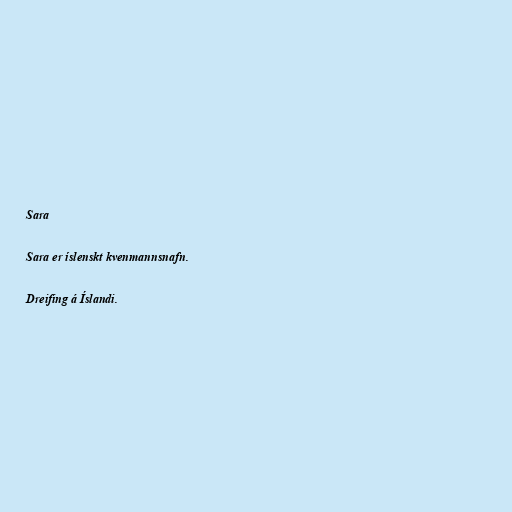
Sara

Sara er íslenskt kvenmannsnafn.

Dreifing á Íslandi.